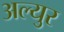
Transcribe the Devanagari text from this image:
अल्युर